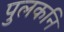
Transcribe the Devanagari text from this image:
पुलकनि